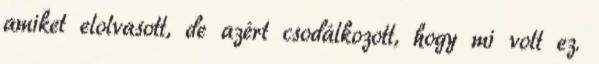
amiket elolvasott, de azért csodálkozott, hogy mi volt ez.